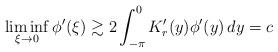
LaTeX: \begin{align*}\liminf_{\xi \to 0}\phi^\prime(\xi)\gtrsim 2\int_{-\pi}^{0} K_r^\prime(y)\phi^\prime(y)\, dy =c\end{align*}